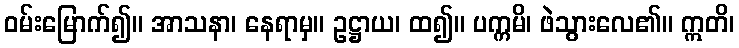
ဝမ်းမြောက်၍။ အာသနာ၊ နေရာမှ။ ဥဋ္ဌာယ၊ ထ၍။ ပက္ကမိ၊ ဖဲသွားလေ၏။ ဣတိ၊